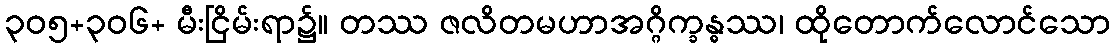
၃၀၅+၃၀၆+ မီးငြိမ်းရာ၌။ တဿ ဇလိတမဟာအဂ္ဂိက္ခန္ဓဿ၊ ထိုတောက်လောင်သော